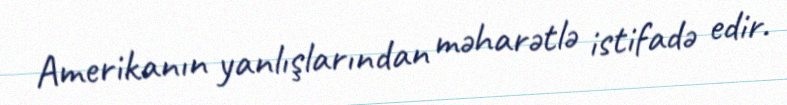
Amerikanın yanlışlarından məharətlə istifadə edir.